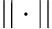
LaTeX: ||\cdot||